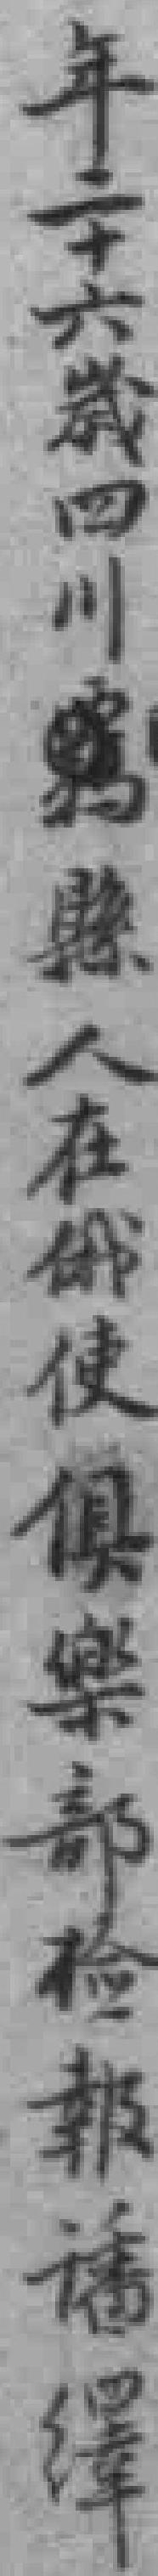
年二十六歲四川縣人在俄使俱樂部检報譒澤